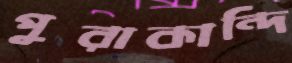
পুরাকান্দি